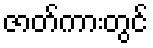
ဇာတ်ကားတွင်